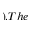
) . T h e